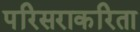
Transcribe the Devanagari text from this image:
परिसराकरिता